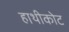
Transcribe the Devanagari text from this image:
हाथीकोट